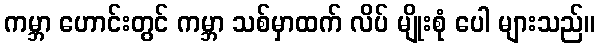
ကမ္ဘာ ဟောင်းတွင် ကမ္ဘာ သစ်မှာထက် လိပ် မျိုးစုံ ပေါ များသည်။